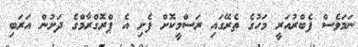
ނަމަވެސް ފެބްރުއަރީ މަހުގެ ތެރޭގައި ރަސްމީކޮށް ފެށި އެ ޕްރޮގްރާމްގެ ދަށުން އަރަބި